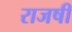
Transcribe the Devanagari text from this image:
राजषी